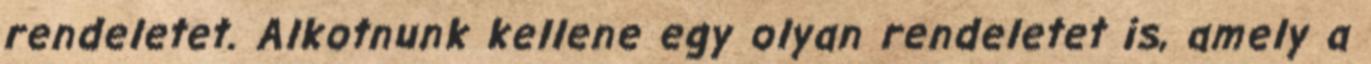
rendeletet. Alkotnunk kellene egy olyan rendeletet is, amely a